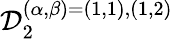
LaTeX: \mathcal{D}_{2}^{(\alpha,\beta)=(1,1),(1,2)}